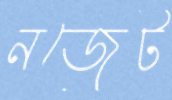
নজেট